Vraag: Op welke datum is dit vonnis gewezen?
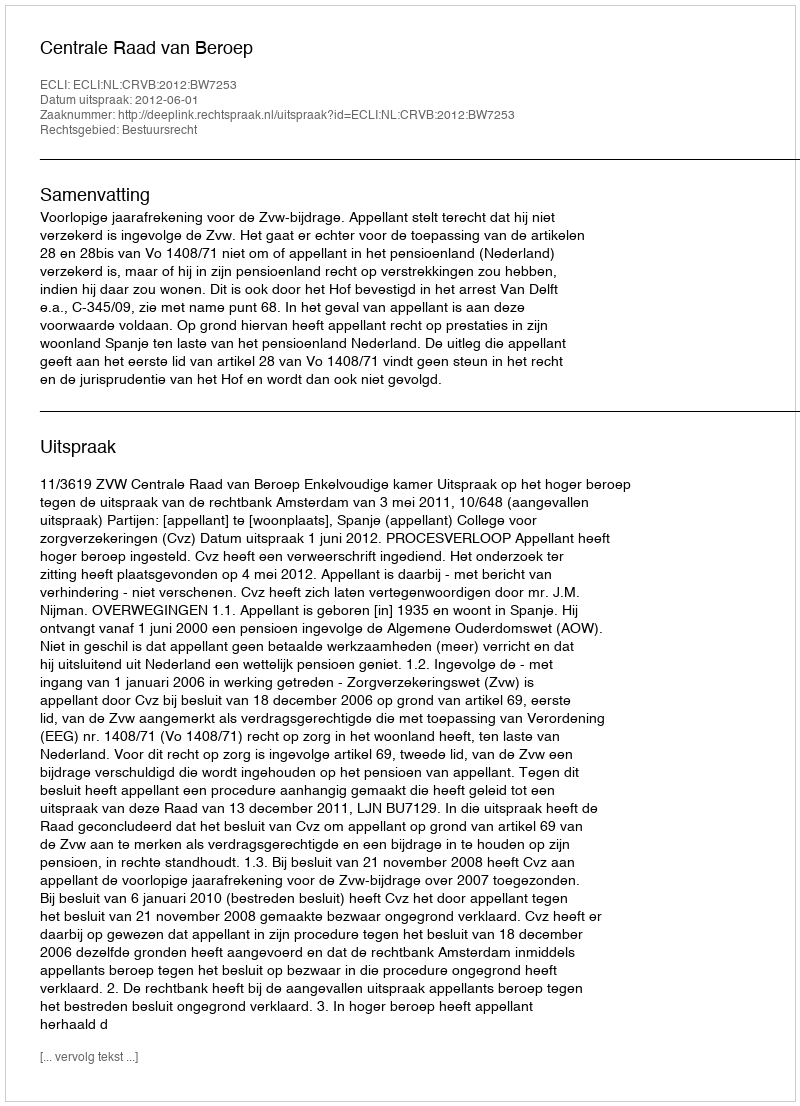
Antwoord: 2012-06-01